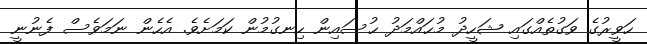
ހަވީރުގެ ވަގުތެއްގައި ޝަހީދު މުޙައްމަދު ޙުސައިން ހިނގުމުން ކަމަށެވެ. އެހެން ނަމަވެސް ފެނުނީ